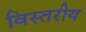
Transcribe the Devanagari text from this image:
विस्तरीय